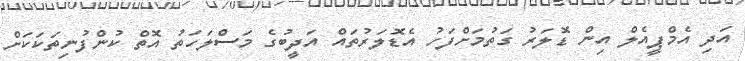
އަދި އެމްޕީއެލް އިން ޑޮލަރު ގަތުމަށްފަހު އެޑޮލަރުތައް އަދީބުގެ މަސްލަހަތު އޮތް ކުންފުނިތަކަކަށް